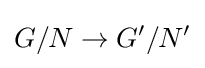
G/N\to G'/N'